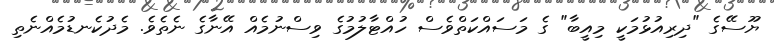
ޔޫސޭގެ "ދިރިއުޅުމަކީ މިއީބާ" ގެ މަސައްކަތްވެސް ހުއްޓާލުމުގެ ވިސްނުމެއް އޭނާގެ ނެތެވެ. މެދުކެނޑުމެއްނެތި